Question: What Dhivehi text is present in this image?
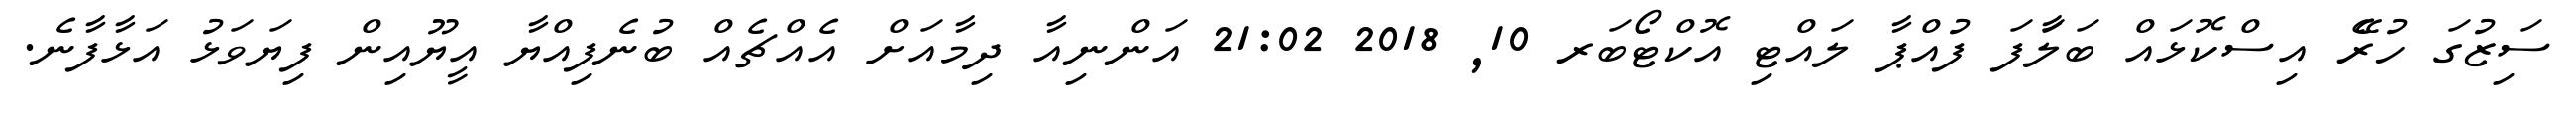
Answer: ސަިޒުގަ ހުރެޭ އިސްކޮޅައް ބަލަާފަ ފުއްޕާ ލައްޓި އޮކްޓޯބަރ 10, 2018 21:02 އަންނިއާ ދިމާއަށް އެއްޗެއް ބުނެފިއްޔާ އީޔޫއިން ފިޔަވަޅު އަޅާފާނެ.